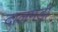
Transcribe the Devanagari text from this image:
दालमंडी